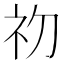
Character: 𭃡